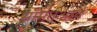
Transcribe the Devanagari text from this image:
सामंतआर्य